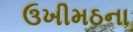
ઉખીમઠના